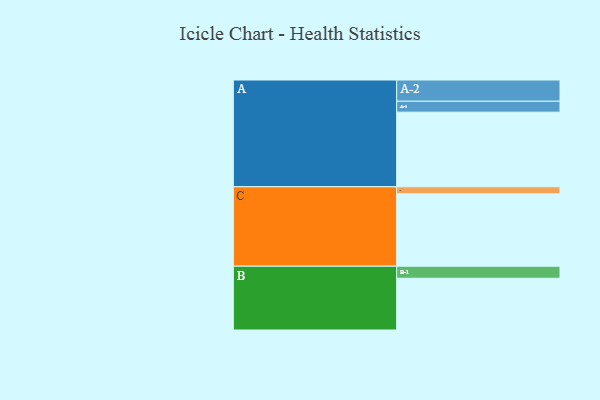
{"axis": {"x": "Segment", "y": "Value"}, "legend": ["", "A", "B", "C"], "data": [{"x": "A", "y": 538, "type": ""}, {"x": "B", "y": 373, "type": ""}, {"x": "C", "y": 522, "type": ""}, {"x": "A-1", "y": 79, "type": "A"}, {"x": "A-2", "y": 153, "type": "A"}, {"x": "B-1", "y": 87, "type": "B"}, {"x": "C-1", "y": 51, "type": "C"}]}